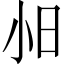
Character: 𫴸